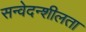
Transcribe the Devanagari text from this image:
सन्वेदन्शीलता